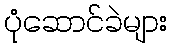
ပုံဆောင်ခဲများ